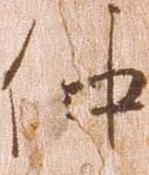
仲